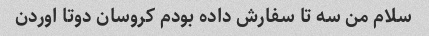
سلام من سه تا سفارش داده بودم کروسان دوتا اوردن